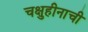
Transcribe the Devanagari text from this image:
चक्षुहीनाची